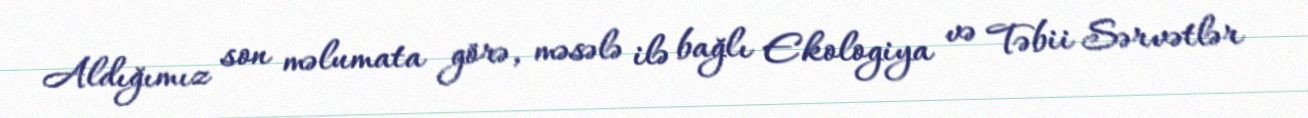
Aldığımız son məlumata görə, məsələ ilə bağlı Ekologiya və Təbii Sərvətlər